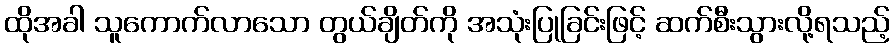
ထိုအခါ သူကောက်လာသော တွယ်ချိတ်ကို အသုံးပြုခြင်းဖြင့် ဆက်စီးသွားလို့ရသည့်